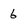
Character: 6